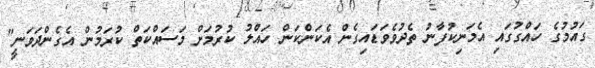
ގައުމުގެ ހައްގުގައި އެމަނިކުފާނު ތެދުވެވަޑައިގެން އެކަންކަން ހައްލު ކުރުމަށް މަސައްކަތް ކުރަމުން އެގެންދަވަނީ"